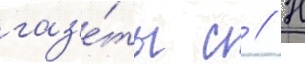
газ'е́ты с // Н